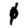
Digit: 0